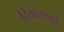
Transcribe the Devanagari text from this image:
दिवाळखोरे